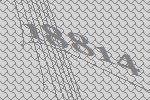
18814